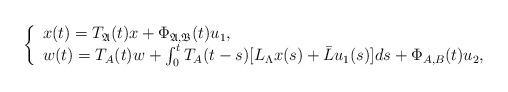
LaTeX: \begin{align*} \left\{ \begin{array}{ll} x(t)=T_{\mathfrak{A}}(t)x+\Phi_{\mathfrak{A},\mathfrak{B}}(t)u_1, & \hbox{} \\ w(t)=T_A(t)w+\int_0^tT_A(t-s)[L_\Lambda x(s)+\bar{L}u_1(s)]ds+\Phi_{A,B}(t)u_2, & \hbox{} \end{array} \right.\end{align*}